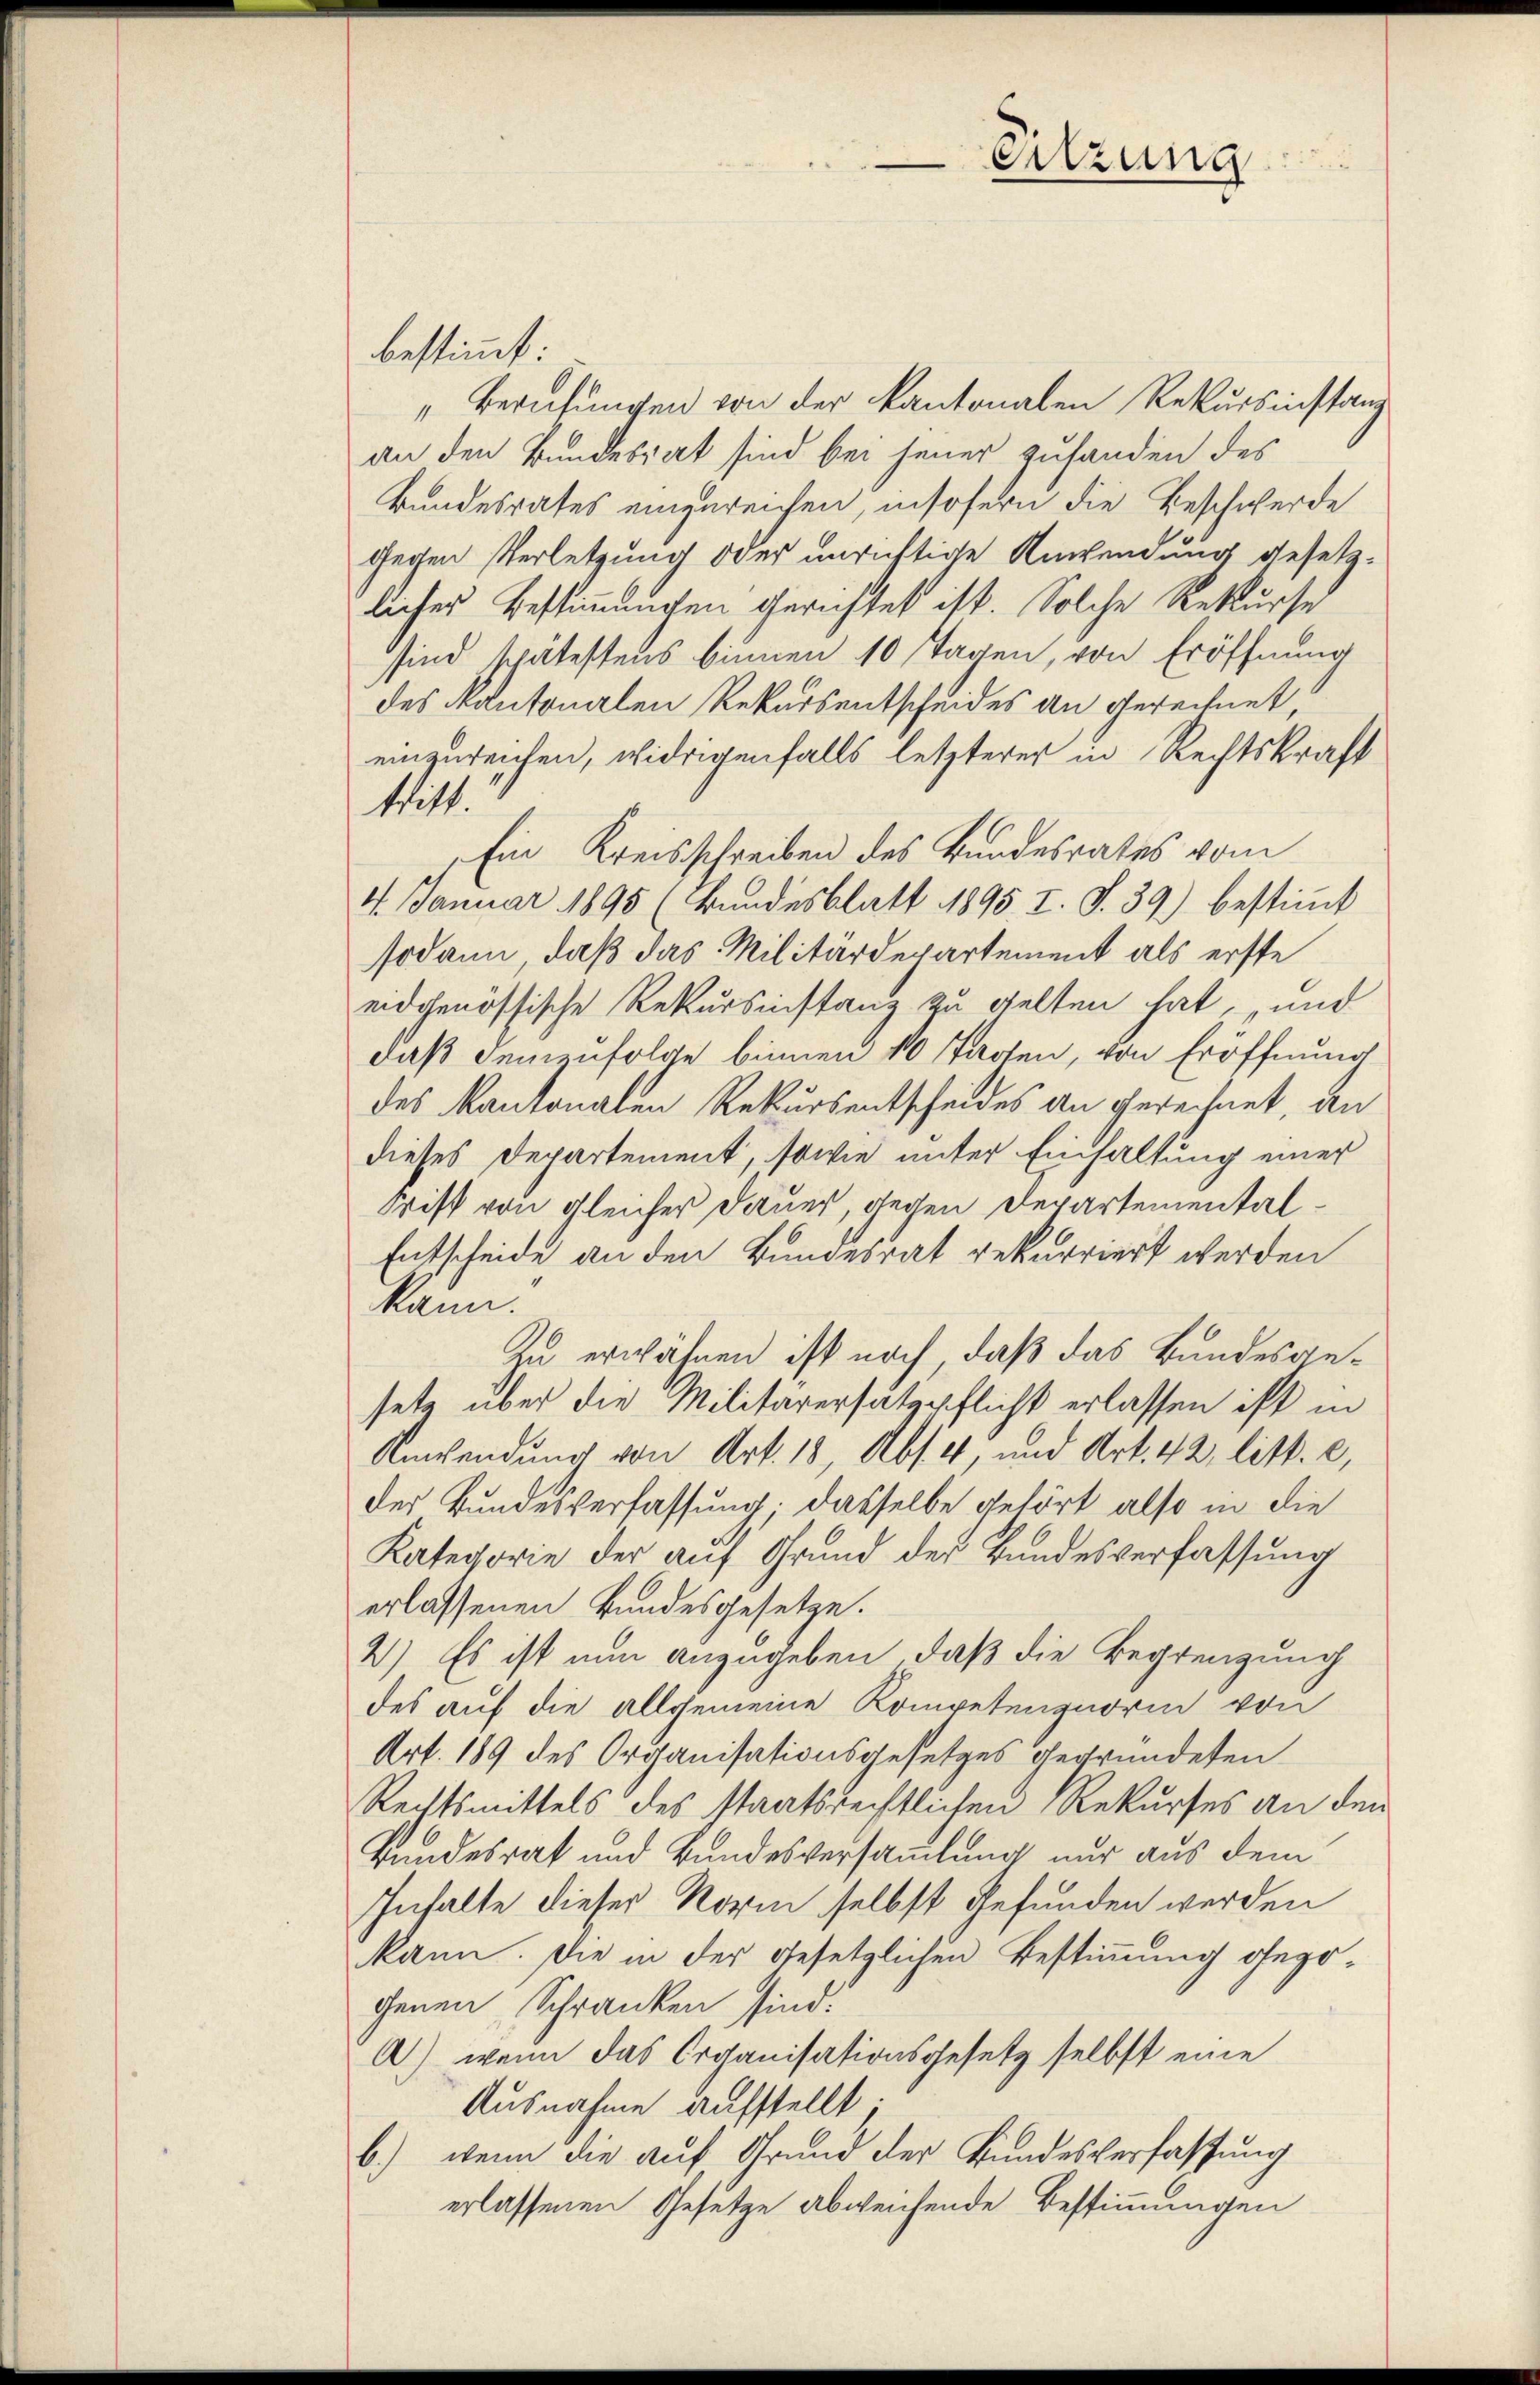
Sitzung

bestimmt:
"Berufungen von der Kantonalen Rekursinstanz
an den Bundesrat sind bei jener zusanden des
Bundesrates einzureichen, insofern die Beschwerde
gegen Verletzung oder unrichtige Anwendung gesetzlicher Bestimmungen gerichtet ist. Solche Rekurse
sind spätestens binnen 10 Tagen, von Eröffnung
des Kantonalen Rekursentscheides an gerechnet,
einzureichen, widrigenfalls letzterer in Rechtskraft
tritt.
Ein Kreisschreiben des Bundesrates vom
4. Januar 1895 (Bundesblatt 1895. I. S. 39.) bestimmt
sodann, daß das Militärdepartement als erste
eidgenössische Rekursinstanz zu gelten hat, und
daß demzufolge binnen 10 Tagen, von Eröffnung
des Kantonalen Rekursentscheides an gerechnet, an
dieses Departement, sowie unter Einhaltung einer
Wist von gleicher Dauer, gegen Departemental¬
Entscheide, an den Bundesrat rekurriert werden
kann.
Zu erwähnen ist noch, daß das Bundesgesetz über die Militarersatzpflicht erlassen ist in
Anwendung von Art. 18, Abs. 4, und Art. 42 litt. c,
der Bundesverfassung: dasselbe gehört also in die
Kategorie der auf Grund des Bundesverfassung
erlassenen Bundesgesetze.
2.) Es ist nun anzugeben, daß die Begrenzung
des auf die allgemeine Kompetenznori von
Art. 189 des Organisationsgesetzes gegründeten
Rechtsmittels des staatsrechtlichen Rekurses an den
Bundesrat und Bundesversammlung nur aus dem
Inhalte dieser Norm selbst gefunden werden
kann. Die in der gesetzlichen Bestimmung gegegenen Schranken sind.
A.) wenn das Organisationsgesetz selbst eine
Ausnahme aufstellt.
b.) wenn die auf Grund der Bundesverfassung
erlassenen Gesetze abweichende Bestimmungen